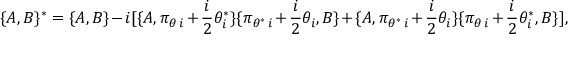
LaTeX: \lbrace A , B \rbrace { } ^ { * } = \lbrace A , B \rbrace - i [ \lbrace A , \pi _ { \theta \, i } + { \frac { i } { 2 } } \theta _ { i } ^ { * } \rbrace \lbrace \pi _ { \theta ^ { * } \, i } + { \frac { i } { 2 } } \theta _ { i } , B \rbrace + \lbrace A , \pi _ { \theta ^ { * } \, i } + { \frac { i } { 2 } } \theta _ { i } \rbrace \lbrace \pi _ { \theta \, i } + { \frac { i } { 2 } } \theta _ { i } ^ { * } , B \rbrace ] ,